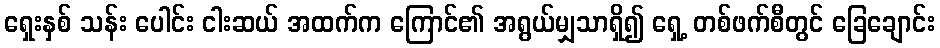
ရှေးနှစ် သန်း ပေါင်း ငါးဆယ် အထက်က ကြောင်၏ အရွယ်မျှသာရှိ၍ ရှေ့ တစ်ဖက်စီတွင် ခြေချောင်း